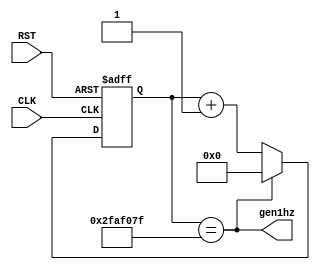
// This program was cloned from: https://github.com/yukinagata3184/de0_blinkL
// License: MIT License

// Count 1 sec to generate 1Hz.

module cnt1sec(
    input CLK, RST,
    output gen1hz
);

// The main clock frequency of DE0 is 50MHz.
reg [25:0] cnt50mhz;

always @(posedge CLK or posedge RST) begin
    if(RST)
        cnt50mhz <= 26'd0;
    else if(gen1hz)
        cnt50mhz <= 26'd0;
    else
        cnt50mhz <= cnt50mhz + 1'b1;
end

assign gen1hz = (cnt50mhz==26'd49_999_999);

endmodule